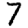
Digit: 7